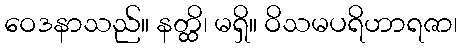
ဝေဒနာသည်။ နတ္ထိ၊ မရှိ။ ဝိသမပရိဟာရဇာ၊